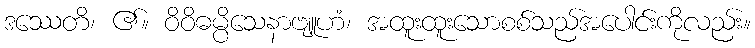
ဒဿေတိ၊ ၏။ ဝိဝိဓမ္ပိသေနာဗျူဟံ၊ အထူးထူးသောစစ်သည်အပေါင်းကိုလည်း။